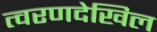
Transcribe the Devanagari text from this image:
त्वरणदेखिल